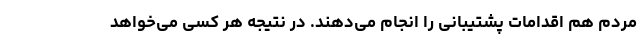
مردم هم اقدامات پشتیبانی را انجام می‌دهند. در نتیجه هر کسی می‌خواهد